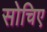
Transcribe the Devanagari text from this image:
सोचिए